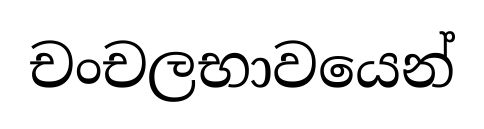
චංචලභාවයෙන්